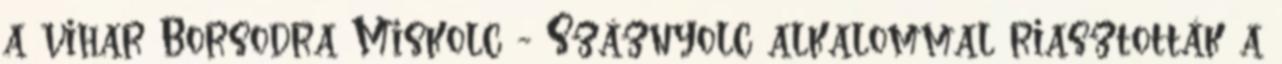
a vihar Borsodra Miskolc - Száznyolc alkalommal riasztották a